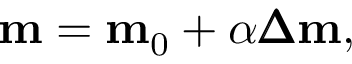
\mathbf { m } = \mathbf { m } _ { 0 } + \alpha \pmb { \Delta } \mathbf { m } ,